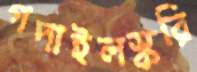
গদাইলস্করি